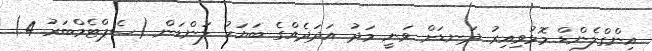
އިންގްލެންޑް މޮޅުވިއިރު ދަނޑަށް ވަނީ މަދު އަދަދެއްގެ ބަޔަކު ލަންޑަން (ސެޕްޓެމްބަރު 4)